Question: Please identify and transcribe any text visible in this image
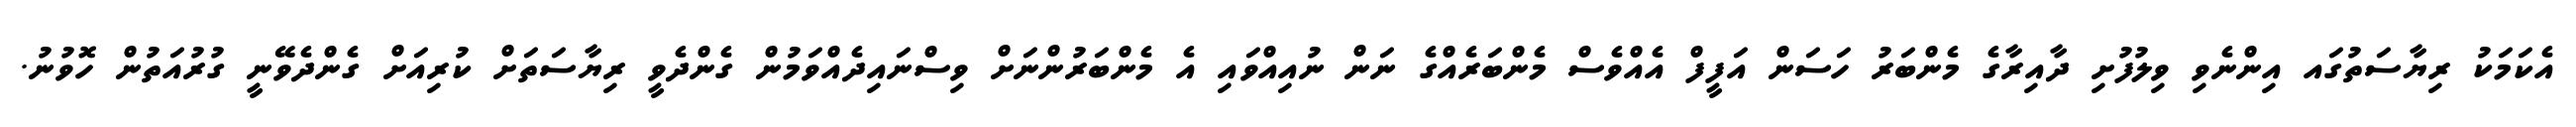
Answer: އެކަމަކު ރިޔާސަތުގައ އިންނެވި ވިލުފުށި ދާއިރާގެ މެންބަރު ހަސަން އަފީފް އެއްވެސް މެންބަރެއްގެ ނަން ނުއިއްވައި އެ މެންބަރުންނަށް ވިސްނައިދެއްވަމުން ގެންދެވީ ރިޔާސަތަށް ކުރިއަށް ގެންދެވޭނީ ގުރުއަތުން ހޮވުނު.